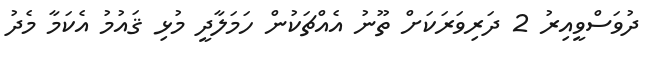
ދުވަސްވީއިރު 2 ދަރިވަރަަކަށް ތޫނު އެއްޗަކުން ހަމަލާދީ މުޅި ޤައުމު އެކަމާ މެދު